Annual report of the Bengal Veterinary College and of the Civil Veterinary Department, Bengal, for the year 1908-1909 - 1908-1909
Year: 1908
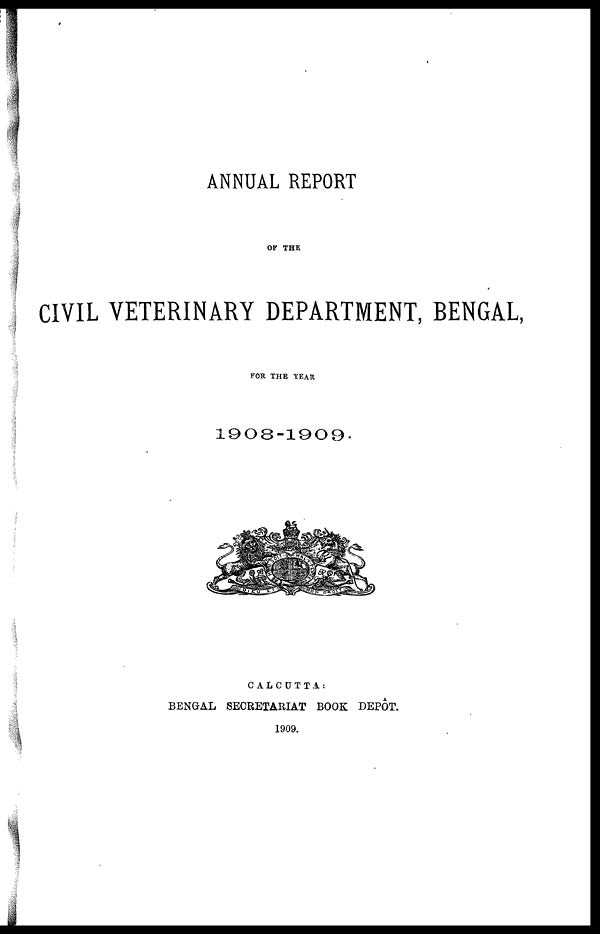
ANNUAL REPORT
OF THE
CIVIL VETERINARY DEPARTMENT, BENGAL,
FOR THE YEAR
1908-1909.
CALCUTTA:
BENGAL SECRETARIAT BOOK DEPÔT.
1909.